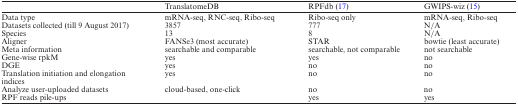
<table><thead><tr><td></td><td><b>TranslatomeDB</b></td><td><b>RPFdb (17)</b></td><td><b>GWIPS-wiz (15)</b></td></tr></thead><tbody><tr><td>Data type</td><td>mRNA-seq, RNC-seq, Ribo-seq</td><td>Ribo-seq only</td><td>mRNA-seq, Ribo-seq</td></tr><tr><td>Datasets collected (till 9 August 2017)</td><td>3857</td><td>777</td><td>N/A</td></tr><tr><td>Species</td><td>13</td><td>8</td><td>N/A</td></tr><tr><td>Aligner</td><td>FANSe3 (most accurate)</td><td>STAR</td><td>bowtie (least accurate)</td></tr><tr><td>Meta information</td><td>searchable and comparable</td><td>searchable, not comparable</td><td>not searchable</td></tr><tr><td>Gene-wise rpkM</td><td>yes</td><td>yes</td><td>no</td></tr><tr><td>DGE</td><td>yes</td><td>no</td><td>no</td></tr><tr><td>Translation initiation and elongation indices</td><td>yes</td><td>no</td><td>no</td></tr><tr><td>Analyze user-uploaded datasets</td><td>cloud-based, one-click</td><td>no</td><td>no</td></tr><tr><td>RPF reads pile-ups</td><td></td><td>yes</td><td>yes</td></tr></tbody></table>